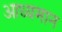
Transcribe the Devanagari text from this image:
आध्यमान